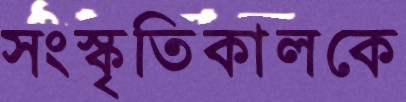
সংস্কৃতিকালকে